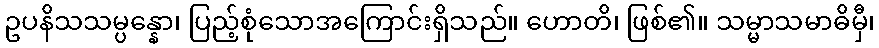
ဥပနိသသမ္ပန္နော၊ ပြည့်စုံသောအကြောင်းရှိသည်။ ဟောတိ၊ ဖြစ်၏။ သမ္မာသမာဓိမှီ၊